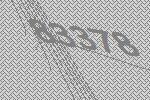
83378